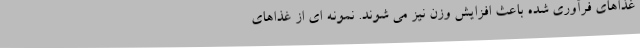
غذاهای فرآوری شده باعث افزایش وزن نیز می شوند. نمونه ای از غذاهای